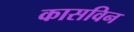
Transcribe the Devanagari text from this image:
कासविन